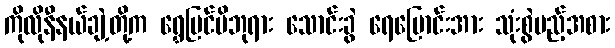
ကိုလိုနီနယ်ချဲ့တို့က ရွှေမြင်မိဘုရား သောင်းခွဲ ရေမြောင်းအား သုံးစွဲမည့်အစား